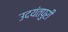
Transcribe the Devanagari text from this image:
उदयंतपुरी